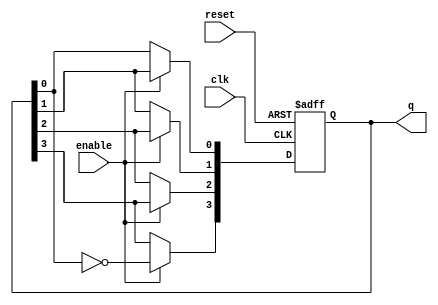
module modified_johnson_counter (
    input wire clk,          // Clock input
    input wire reset,        // Asynchronous reset
    input wire enable,       // Enable signal
    output reg [3:0] q       // 4-bit output
);

    // State transition logic
    always @(posedge clk or posedge reset) begin
        if (reset) begin
            q <= 4'b0000; // Initialize the counter to 0000 on reset
        end else if (enable) begin
            // Modified Johnson Counter logic
            q[3] <= ~q[0]; // The feedback from the last flip-flop
            q[2] <= q[3];
            q[1] <= q[2];
            q[0] <= q[1];
        end
    end

endmodule